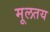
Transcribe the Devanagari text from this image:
मूलतय